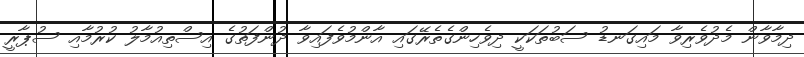
ދިމާވާން މެދުވެރިވާ މައިގަނޑު ސަބުތަކަކީ ދިވެހިންގެތެރޭގައި އާންމުވެފައިވާ ދުންފަތުގެ އިސްތިއުމާލު ކުރުމާއި ސުޕާރީ